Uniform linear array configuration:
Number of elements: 16
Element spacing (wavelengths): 1
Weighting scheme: hamming
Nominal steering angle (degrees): -15
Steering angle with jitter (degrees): -15.357
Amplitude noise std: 0.05
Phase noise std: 0.05

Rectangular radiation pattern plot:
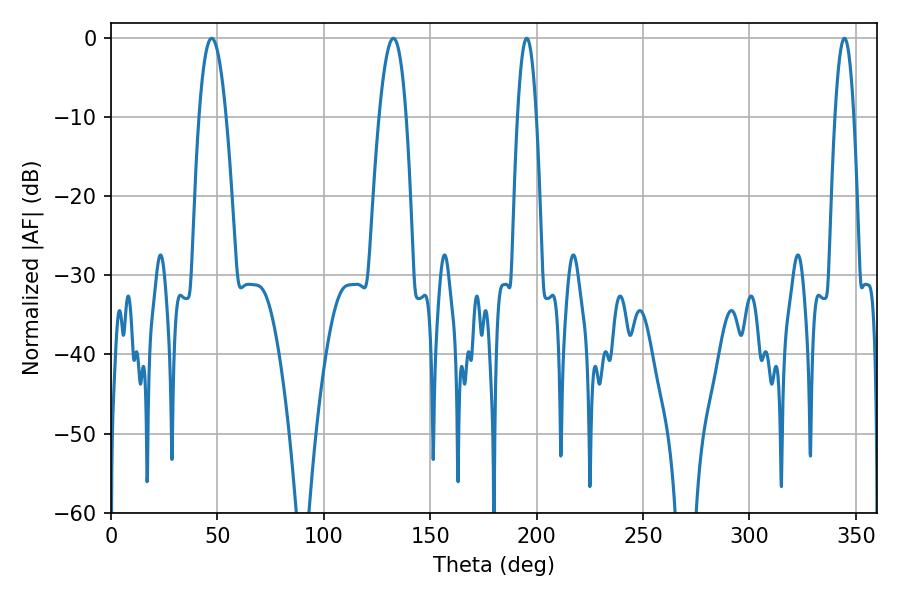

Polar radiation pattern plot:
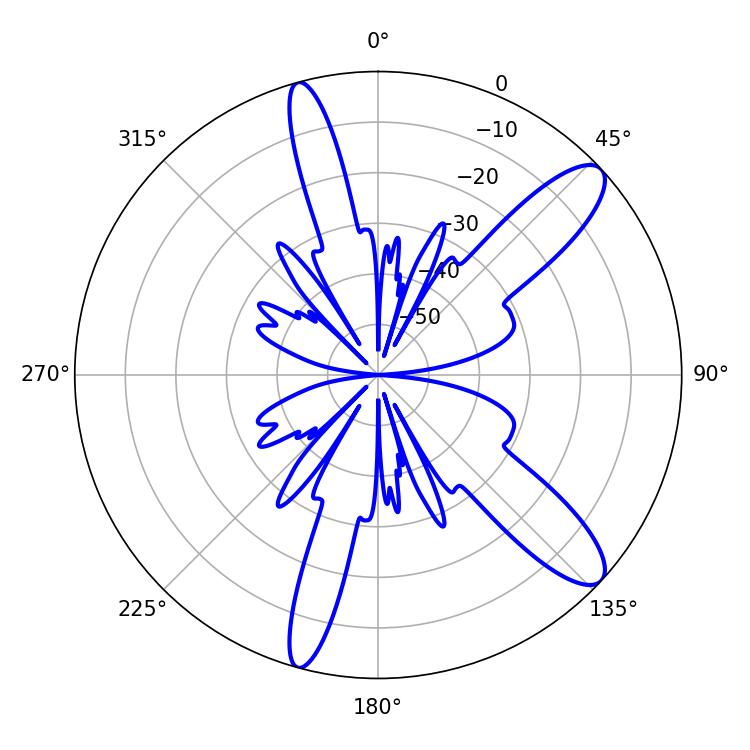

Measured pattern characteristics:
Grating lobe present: TRUE
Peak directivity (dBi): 11.381
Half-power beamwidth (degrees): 7.02
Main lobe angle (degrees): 47.34